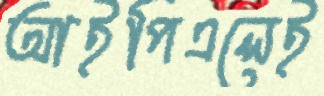
আইপিএলেই